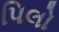
પિલો